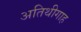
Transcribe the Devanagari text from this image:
अतिथीगाह